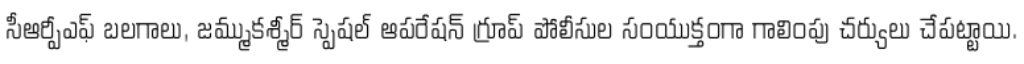
సీఆర్పీఎఫ్ బలగాలు, జమ్ముకశ్మీర్ స్పెషల్ ఆపరేషన్ గ్రూప్ పోలీసుల సంయుక్తంగా గాలింపు చర్యులు చేపట్టాయి.